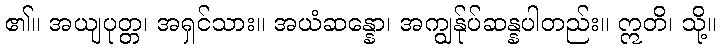
၏။ အယျပုတ္တ၊ အရှင်သား။ အယံဆန္နော၊ အကျွန်ုပ်ဆန္နပါတည်း။ ဣတိ၊ သို့။